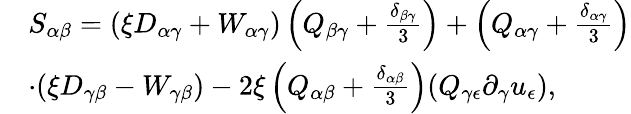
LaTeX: \begin{array}{rl}&{S_{\alpha\beta}=(\xi D_{\alpha\gamma}+W_{\alpha\gamma})\left(Q_{\beta\gamma}+\frac{\delta_{\beta\gamma}}{3}\right)+\left(Q_{\alpha\gamma}+\frac{\delta_{\alpha\gamma}}{3}\right)}\\ &{\cdot(\xi D_{\gamma\beta}-W_{\gamma\beta})-2\xi\left(Q_{\alpha\beta}+\frac{\delta_{\alpha\beta}}{3}\right)(Q_{\gamma\epsilon}\partial_{\gamma}u_{\epsilon}),}\end{array}